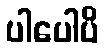
ပါပေါပိ